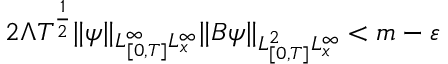
2 \Lambda T ^ { \frac { 1 } { 2 } } \lVert \psi \rVert _ { L _ { [ 0 , T ] } ^ { \infty } L _ { x } ^ { \infty } } \lVert B \psi \rVert _ { L _ { [ 0 , T ] } ^ { 2 } L _ { x } ^ { \infty } } < m - \varepsilon